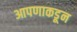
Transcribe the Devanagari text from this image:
आपणाकडून